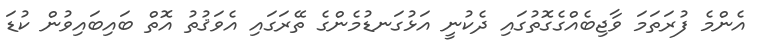
އެންމެ ފުރަތަމަ ވާޖިބެއްގެގޮތުގައި ދެކުނީ އަޅުގަނޑުމެންގެ ތޭރަގައި އެވަޤުތު އޮތް ބައިބައިވުން ކުޑަ